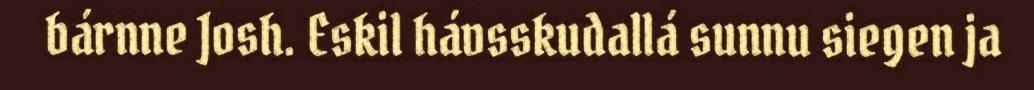
bárnne Josh. Eskil hávsskudallá sunnu siegen ja